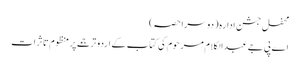
محفلِ جشنِ ادارہ (دوسرا حصہ)
اے پی جے عبدالکلام مرحوم کی کتاب کے اردو ترجمے پر منظوم تاثرات